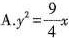
A. $$y ^ { 2 } = \frac { 9 } { 4 } x$$